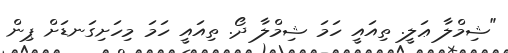
"ޝިމްލާ ޢަލީ. ތިއައީ ހަމަ ޝިމްލާ ދޯ. ތިއައީ ހަމަ މިހަށިގަނޑަށް ޕިން